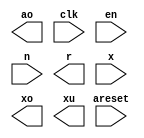

module fpacc64 (
	ao,
	areset,
	clk,
	en,
	n,
	r,
	x,
	xo,
	xu);	

	output		ao;
	input		areset;
	input		clk;
	input	[0:0]	en;
	input		n;
	output	[63:0]	r;
	input	[63:0]	x;
	output		xo;
	output		xu;
endmodule